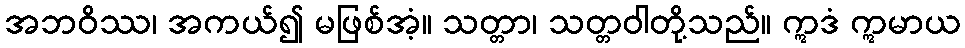
အဘဝိဿ၊ အကယ်၍ မဖြစ်အံ့။ သတ္တာ၊ သတ္တဝါတို့သည်။ ဣဒံ ဣမာယ